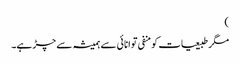
)
مگر طبیعیات کو منفی توانائی سے ہمیشہ سے چڑ ہے۔